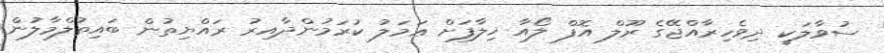
ސުވާލަކީ ދިވެހިރާއްޖޭގެ ރޫލް އޮފް ލޯއާ ޚިލާފަށް ޢަމަލު ކުރަމުންދާއިރު ރައްޔިތުން ބައިތުލްމާލުން